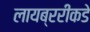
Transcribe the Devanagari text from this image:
लायब्ररीकडे